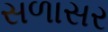
સળાસર